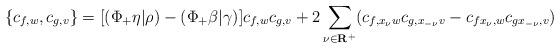
LaTeX: \begin{align*}\{c_{f,w}, c_{g,v}\}=[(\Phi_+\eta|\rho)-(\Phi_+\beta|\gamma)]c_{f,w} c_{g,v}+2\sum_{\nu\in\bf R^+} (c_{f,x_\nu w}c_{g,x_{-\nu}v}-c_{fx_\nu,w}c_{gx_{-\nu},v})\end{align*}